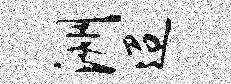
洲迢